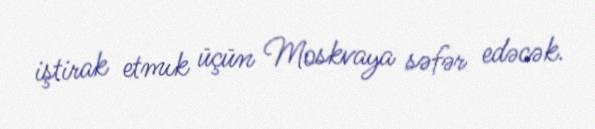
iştirak etmık üçün Moskvaya səfər edəcək.